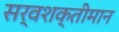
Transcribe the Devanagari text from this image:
सर्वशक्तीमान